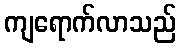
ကျရောက်လာသည်